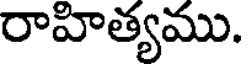
రాహిత్యము.